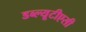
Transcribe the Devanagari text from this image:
डब्ल्यूटीएसी